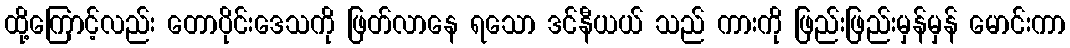
ထို့ကြောင့်လည်း တောပိုင်းဒေသကို ဖြတ်လာနေ ရသော ဒင်နီယယ် သည် ကားကို ဖြည်းဖြည်းမှန်မှန် မောင်းကာ